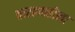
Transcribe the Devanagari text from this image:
वाराणसीला